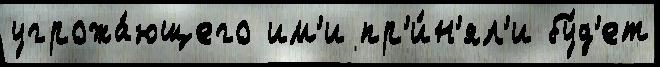
угрожа́ющего им'и пр'и́н'ял'и бу́д'ет